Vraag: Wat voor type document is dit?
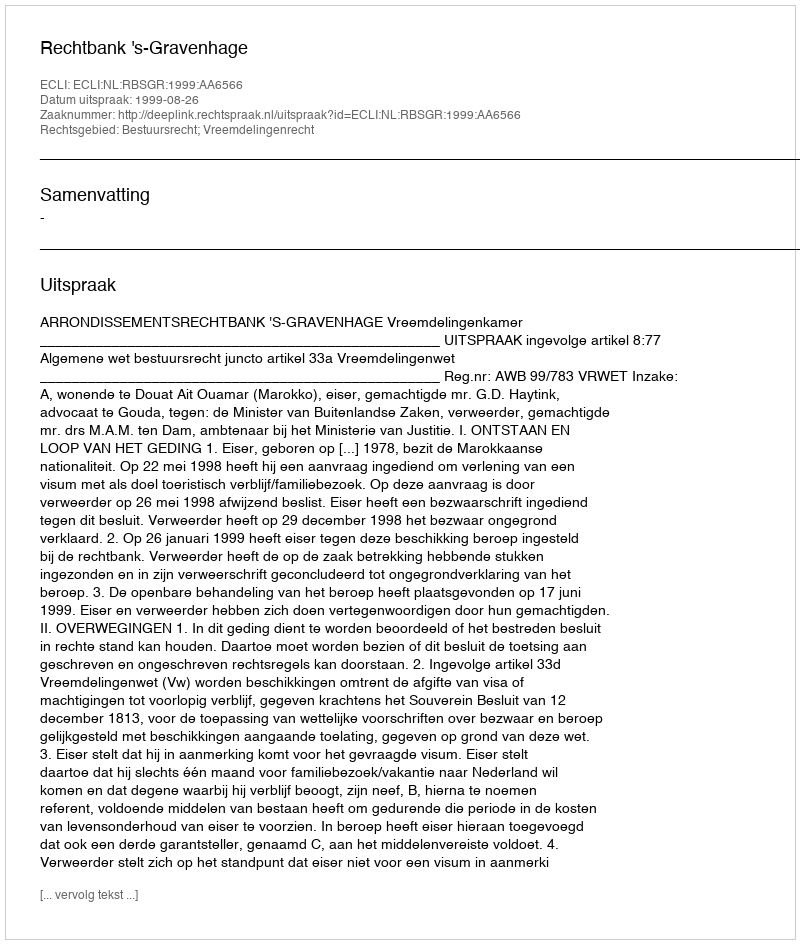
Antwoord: Uitspraak